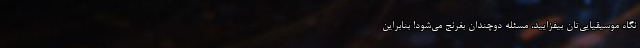
نگاه موسیقیایی‌تان بیفزایید، مسئله دوچندان بغرنج می‌شود! بنابراین